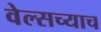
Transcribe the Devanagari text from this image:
वेल्सच्याच